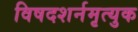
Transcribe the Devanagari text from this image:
विषदशर्नमृत्युक